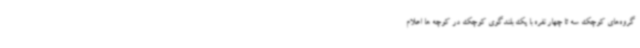
گروه‌های کوچک سه تا چهار نفره با یک بلندگوی کوچک در کوچه ها اعلام